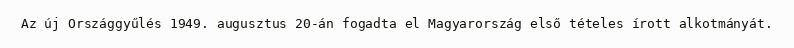
Az új Országgyűlés 1949. augusztus 20-án fogadta el Magyarország első tételes írott alkotmányát.